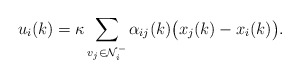
\begin{align*} u_i(k) = \kappa \sum_{v_j \in \mathcal{N}_i^-} \alpha_{ij}(k) \big(x_j(k) - x_i(k)\big).\end{align*}